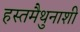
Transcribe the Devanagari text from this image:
हस्तमैथुनाशी